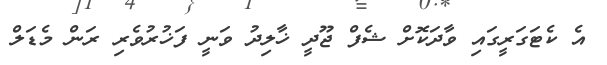
އެ ކެޓަގަރީގައި ވާދަކޮށް ޝެފް ޖޫދީ ޚާލިދު ވަނީ ފަޚުރުވެރި ރަން މެޑަލް